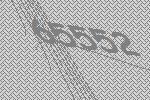
65552